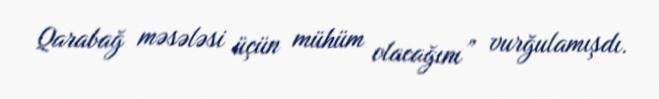
Qarabağ məsələsi üçün mühüm olacağını” vurğulamışdı.